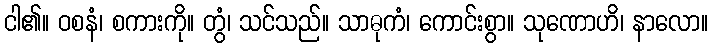
ငါ၏။ ဝစနံ၊ စကားကို။ တွံ၊ သင်သည်။ သာဓုကံ၊ ကောင်းစွာ။ သုဏောဟိ၊ နာလော။